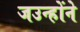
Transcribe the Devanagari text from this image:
जउन्होंने